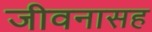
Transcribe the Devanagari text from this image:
जीवनासह